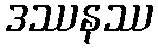
ဒဿနဿ